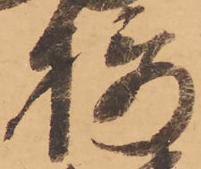
摂